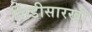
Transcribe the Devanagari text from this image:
शिडीसारखी